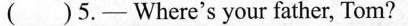
( )5.—Where'syour father, Tom?